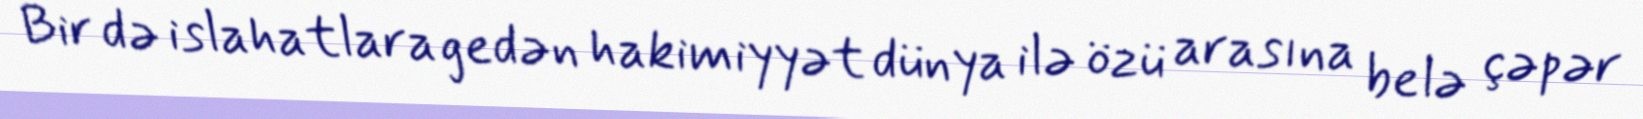
Bir də islahatlara gedən hakimiyyət dünya ilə özü arasına belə çəpər